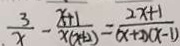
\frac { 3 } { x } - \frac { x + 1 } { x ( x + 2 ) } = \frac { 2 x + 1 } { ( x + 2 ) ( x - 1 ) }